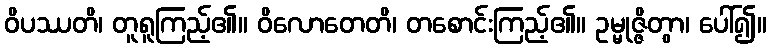
ဝိပဿတိ၊ တူရူကြည့်၏။ ဝိလောတေတိ၊ တစောင်းကြည့်၏။ ဥမ္မုဇ္ဇိတွာ၊ ပေါ်၍။